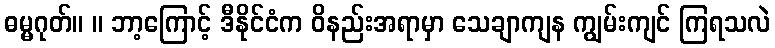
ဓမ္မဂုတ်။ ။ ဘာ့ကြောင့် ဒီနိုင်ငံက ဝိနည်းအရာမှာ သေချာကျန ကျွမ်းကျင် ကြရသလဲ